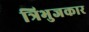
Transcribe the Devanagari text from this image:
त्रिभुजकार